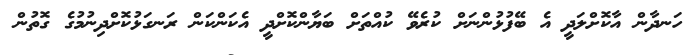
ހަނދާން އާކޮށްލަދީ އެ ބޭފުޅުންނަށް ކުރެވޭ ކުއްތަށް ބަޔާންކޮށްދީ އެކަންކަން ރަނގަޅުކޮށްދިނުމުގެ ގޮތުން